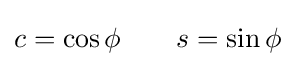
c=\cos \phi \qquad s=\sin \phi